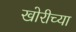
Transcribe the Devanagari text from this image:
खोरीच्या